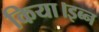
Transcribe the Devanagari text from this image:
किया।इब्न